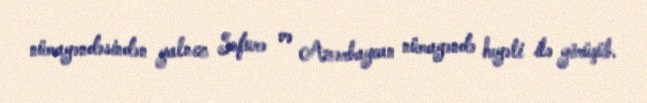
nümayəndəsindən yalnız Səfurə və Azərbaycan nümayəndə heyəti ilə görüşüb.